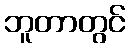
ဘူတာတွင်